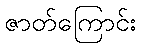
ဇာတ်ကြောင်း